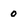
Character: 0